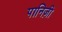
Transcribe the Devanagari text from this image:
पानिज़ी